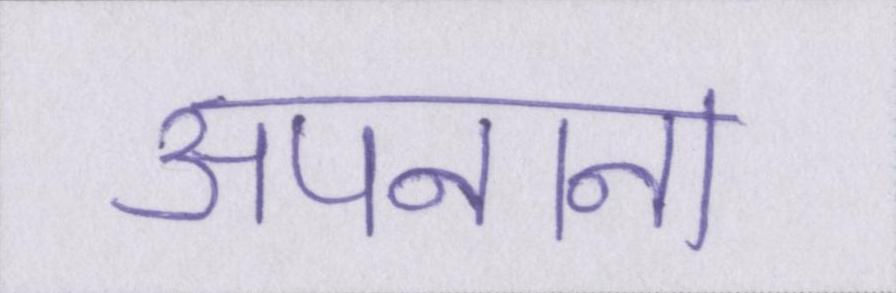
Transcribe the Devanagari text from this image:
अपनाना